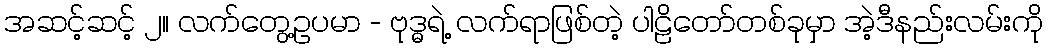
အဆင့်ဆင့် ၂။ လက်တွေ့ဥပမာ - ဗုဒ္ဓရဲ့ လက်ရာဖြစ်တဲ့ ပါဠိတော်တစ်ခုမှာ အဲ့ဒီနည်းလမ်းကို